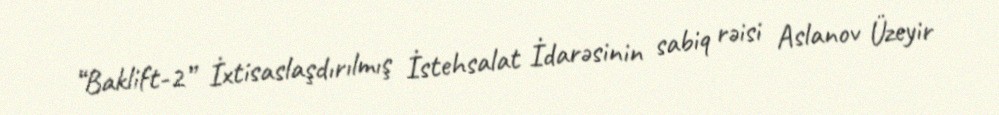
“Baklift-2” İxtisaslaşdırılmış İstehsalat İdarəsinin sabiq rəisi Aslanov Üzeyir